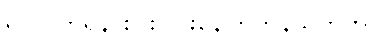
ရှင်ပြုကြရန် စိုင်းပြင်းနေကြကုန်သတတ်။